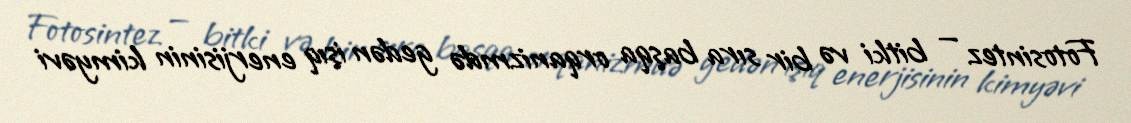
Fotosintez — bitki və bir sıra başqa orqanizmdə gedən işıq enerjisinin kimyəvi